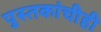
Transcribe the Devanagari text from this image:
पुस्तकांचीही